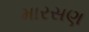
મારસણ